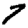
Digit: 7